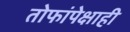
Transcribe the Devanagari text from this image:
तोफांपेक्षाही